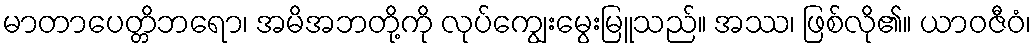
မာတာပေတ္တိဘရော၊ အမိအဘတို့ကို လုပ်ကျွေးမွေးမြူသည်။ အဿ၊ ဖြစ်လို၏။ ယာဝဇီဝံ၊